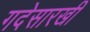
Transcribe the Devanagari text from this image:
गदेसारखी